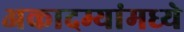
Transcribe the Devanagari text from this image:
अकादम्यांमध्ये